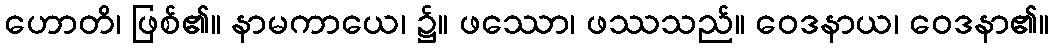
ဟောတိ၊ ဖြစ်၏။ နာမကာယေ၊ ၌။ ဖဿော၊ ဖဿသည်။ ဝေဒနာယ၊ ဝေဒနာ၏။